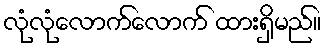
လုံလုံလောက်လောက် ထားရှိမည်။